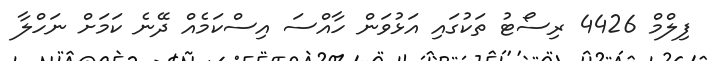
ފިލްމް 4426 ރިސޯޓު ތަކުގައި އަޅުވަން ހާއްސަ އިސްކަމެއް ދޭނެ ކަަމަށް ނަހްލާ